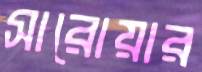
সারোয়ার